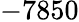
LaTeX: -7850